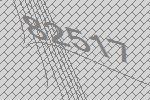
82517